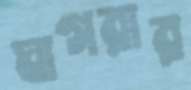
ঘাগরার